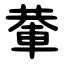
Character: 輂